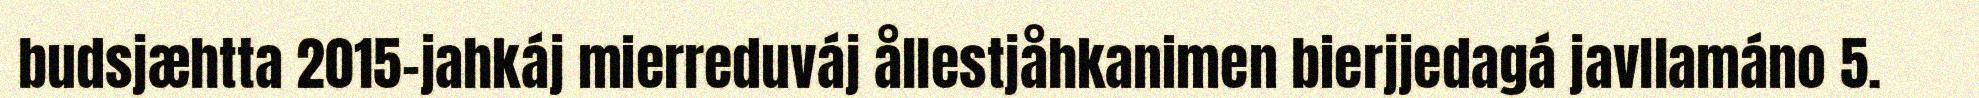
budsjæhtta 2015-jahkáj mierreduváj ållestjåhkanimen bierjjedagá javllamáno 5.